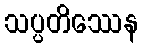
သပ္ပတိဿေန